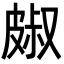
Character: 𭽭